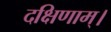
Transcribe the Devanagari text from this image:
दक्षिणाम्‌।